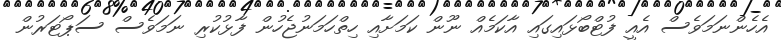
އެހެންނަމަވެސް އެއީ ފުޓްބޯޅައިގައި އާކަމެއް ނޫން ކަމަށާއި ހިތްހަމަނުޖެހުން ފާޅުކުރި ނަމަވެސް ސަޕޯޓަރުން